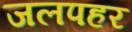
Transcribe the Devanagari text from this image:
जलपहर